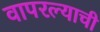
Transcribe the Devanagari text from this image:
वापरल्याची